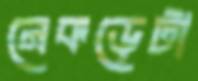
নেকড়েটা